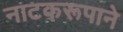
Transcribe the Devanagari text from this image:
नाटकरूपाने